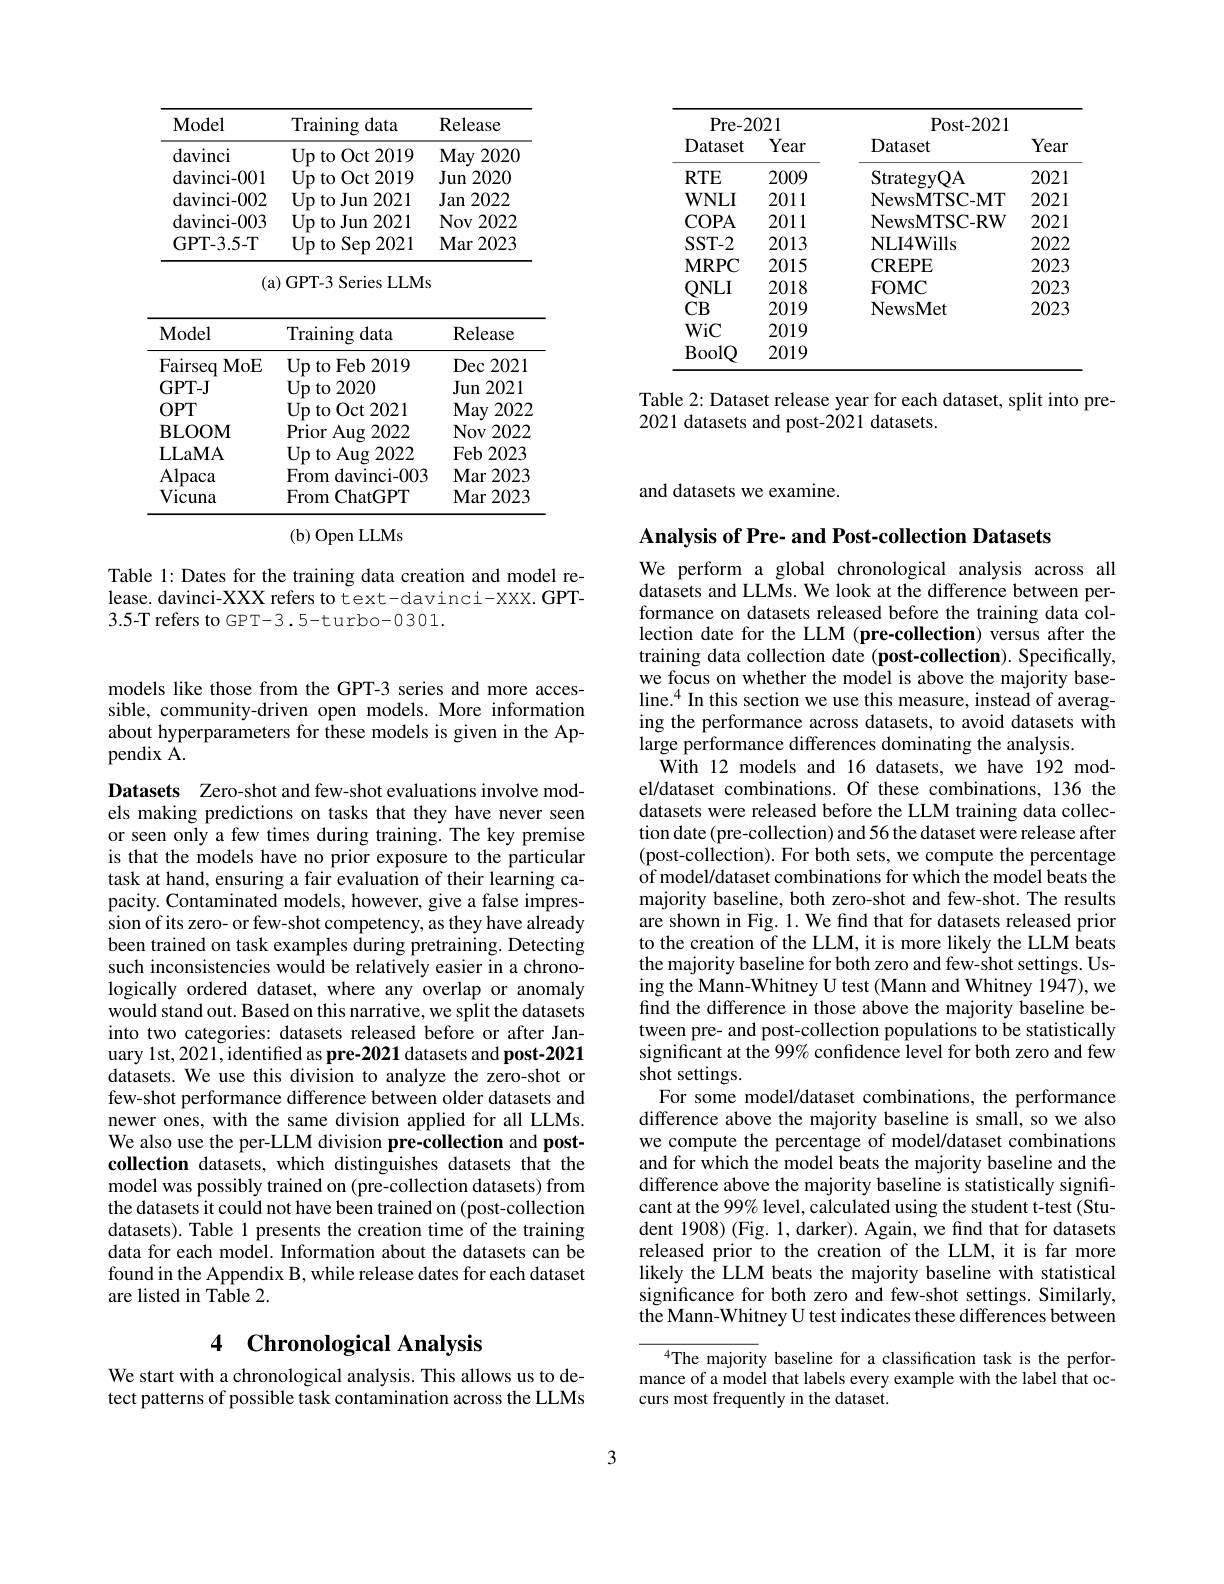
<table>
	<tbody>
		<tr>
			<th>Model</th>
			<th>Training data</th>
			<th>Release</th>
		</tr>
		<tr>
			<td>davinci</td>
			<td>Up to Oct 2019</td>
			<td>May 2020</td>
		</tr>
		<tr>
			<td>davinci- 002</td>
			<td>Up to Jun $\mathbf{1}$ 2021</td>
			<td>Jan 2022</td>
		</tr>
		<tr>
			<td>davinci- 003</td>
			<td>Up to Jun 12021</td>
			<td>Nov 2022</td>
		</tr>
		<tr>
			<td>GPT- 3. 5- T</td>
			<td>$\operatorname{Up}$to Sep 2021</td>
			<td>Mar 2023</td>
		</tr>
	</tbody>
</table>
(a) GPT-3 Series LLMs

<table>
	<tbody>
		<tr>
			<th>Model</th>
			<th>Training data</th>
			<th>Release</th>
		</tr>
		<tr>
			<td>Fairseq MoE</td>
			<td>$\textbf{Up to Feb 2019}$</td>
			<td>Dec 2021</td>
		</tr>
		<tr>
			<td>GPT- J</td>
			<td>$\operatorname{Up}$to2020</td>
			<td>Jun 2021</td>
		</tr>
		<tr>
			<td>BLOOM</td>
			<td>$\operatorname{Prior}$Aug $\mathbf{g}2022$</td>
			<td>Nov 2022</td>
		</tr>
		<tr>
			<td>LLaMA</td>
			<td>$\textbf{Up to Aug 2022}$</td>
			<td>$\mathbf{Feb}2023$</td>
		</tr>
		<tr>
			<td>Alpaca</td>
			<td>From davinci- 003 100</td>
			<td>Mar 2023</td>
		</tr>
		<tr>
			<td>Vicuna</td>
			<td>From ChatGPT</td>
			<td>Mar 2023</td>
		</tr>
	</tbody>
</table>

$(\mathbf{b})$ Open LLMs

Table 1: Dates for the training data creation and model release. davinci-XXX refers to text-davinci-XXX. GPT- 3.5-T refers to GPT-3 .5-turbo-0301.

<table>
	<tbody>
		<tr>
			<th colspan="2">Pre- 2021</th>
			<th colspan="2">Post- 2021</th>
		</tr>
		<tr>
			<th>Dataset</th>
			<th>Year</th>
			<th>Dataset</th>
			<th>Year</th>
		</tr>
		<tr>
			<td>$RTE$</td>
			<td>2009</td>
			<td>StrategvOA</td>
			<td>2021</td>
		</tr>
		<tr>
			<td>$\mathbf{WNLI}$</td>
			<td>2011</td>
			<td>NewsMTSC- MT</td>
			<td>2021</td>
		</tr>
		<tr>
			<td>COPA</td>
			<td>2011</td>
			<td>NewsMTSC- RW</td>
			<td>2021</td>
		</tr>
		<tr>
			<td>SST- 2</td>
			<td>2013</td>
			<td>NLI4Wills</td>
			<td>2022</td>
		</tr>
		<tr>
			<td>$\mathbf{MRPC}$</td>
			<td>2015</td>
			<td>CREPE</td>
			<td>2023</td>
		</tr>
		<tr>
			<td>ONLI</td>
			<td>2018</td>
			<td>FOMC</td>
			<td>2023</td>
		</tr>
		<tr>
			<td>CB</td>
			<td>2019</td>
			<td>NewsMet</td>
			<td>2023</td>
		</tr>
		<tr>
			<td>WiC</td>
			<td>2019</td>
			<td> </td>
			<td> </td>
		</tr>
		<tr>
			<td>BoolQ</td>
			<td>2019</td>
			<td> </td>
			<td> </td>
		</tr>
	</tbody>
</table>

Table 2: Dataset release year for each dataset, split into pre-
2021 datasets and post-2021 datasets.

and datasets we examine.

models like those from the GPT-3 series and more accessible, community-driven open models. More information about hyperparameters for these models is given in the Appendix A.

Datasets Zero-shot and few-shot evaluations involve models making predictions on tasks that they have never seen or seen only a few times during training. The key premise is that the models have no prior exposure to the particular task at hand, ensuring a fair evaluation of their learning capacity. Contaminated models, however, give a false impression of its zero- or few-shot competency, as they have already been trained on task examples during pretraining. Detecting such inconsistencies would be relatively easier in a chronologically ordered dataset, where any overlap or anomaly would stand out. Based on this narrative, we split the datasets into two categories: datasets released before or after January 1st, 2021, identified as pre- 2021 datasets and post- 2021 datasets. We use this division to analyze the zero-shot or few-shot performance difference between older datasets and newer ones, with the same division applied for all LLMs. We also use the per-LLM division pre-collection and postcollection datasets, which distinguishes datasets that the model was possibly trained on (pre-collection datasets) from the datasets it could not have been trained on (post-collection datasets). Table 1 presents the creation time of the training data for each model. Information about the datasets can be found in the Appendix B, while release dates for each dataset are listed in Table 2.

## 4 Chronological Analysis

We start with a chronological analysis. This allows us to detect patterns of possible task contamination across the LLMs

Analysis of Pre- and Post-collection Datasets
We perform a global chronological analysis across all datasets and LLMs. We look at the difference between performance on datasets released before the training data collection date for the LLM (pre-collection) versus after the training data collection date (post-collection). Specifically, we focus on whether the model is above the majority baseline.$^4$ In this section we use this measure, instead of averaging the performance across datasets, to avoid datasets with large performance differences dominating the analysis.
With 12 models and 16 datasets, we have 192 model/dataset combinations. Of these combinations, 136 the datasets were released before the LLM training data collection date (pre-collection) and 56 the dataset were release after (post-collection). For both sets, we compute the percentage of model/dataset combinations for which the model beats the majority baseline, both zero-shot and few-shot. The results are shown in Fig. 1. We find that for datasets released prior to the creation of the LLM, it is more likely the LLM beats the majority baseline for both zero and few-shot settings. Using the Mann-Whitney U test (Mann and Whitney 1947), we find the difference in those above the majority baseline between pre- and post-collection populations to be statistically significant at the 99% confidence level for both zero and few shot settings.
For some model/dataset combinations, the performance difference above the majority baseline is small, so we also we compute the percentage of model/dataset combinations and for which the model beats the majority baseline and the difference above the majority baseline is statistically significant at the 99% level, calculated using the student t-test (Student 1908) (Fig. 1, darker). Again, we find that for datasets released prior to the creation of the LLM, it is far more likely the LLM beats the majority baseline with statistical significance for both zero and few-shot settings. Similarly, the Mann-Whitney U test indicates these differences between
$^{4}$The majority baseline for a classification task is the performance of a model that labels every example with the label that oc-

curs most frequently in the dataset.

3